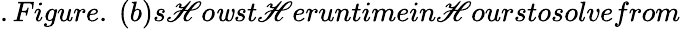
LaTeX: .Figure.~(b)s\mathscr{H}o\mathit{w}st\mathscr{H}eruntimein\mathscr{H}ourstosolvefrom